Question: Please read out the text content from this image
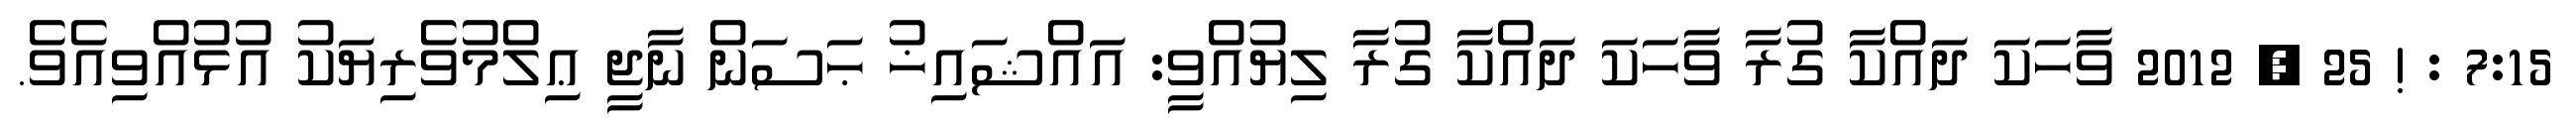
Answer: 7:15 : ! 25 , 2012 ވާހަކަ ދައްކާ ގުރާ ވާހަކަ ދައްކާ ގުރާ ލިޔުއްވީ: އައްޝައިޚު ޙަސަން ނާޖީ ޢިލްމުވެރިޔަކު އުޅުއްވިއެވެ.